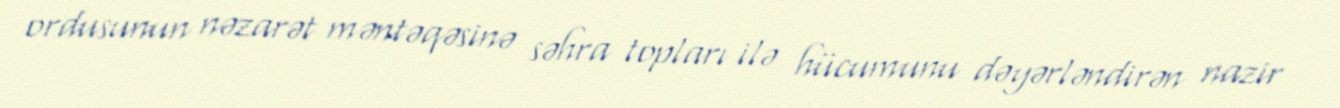
ordusunun nəzarət məntəqəsinə səhra topları ilə hücumunu dəyərləndirən nazir